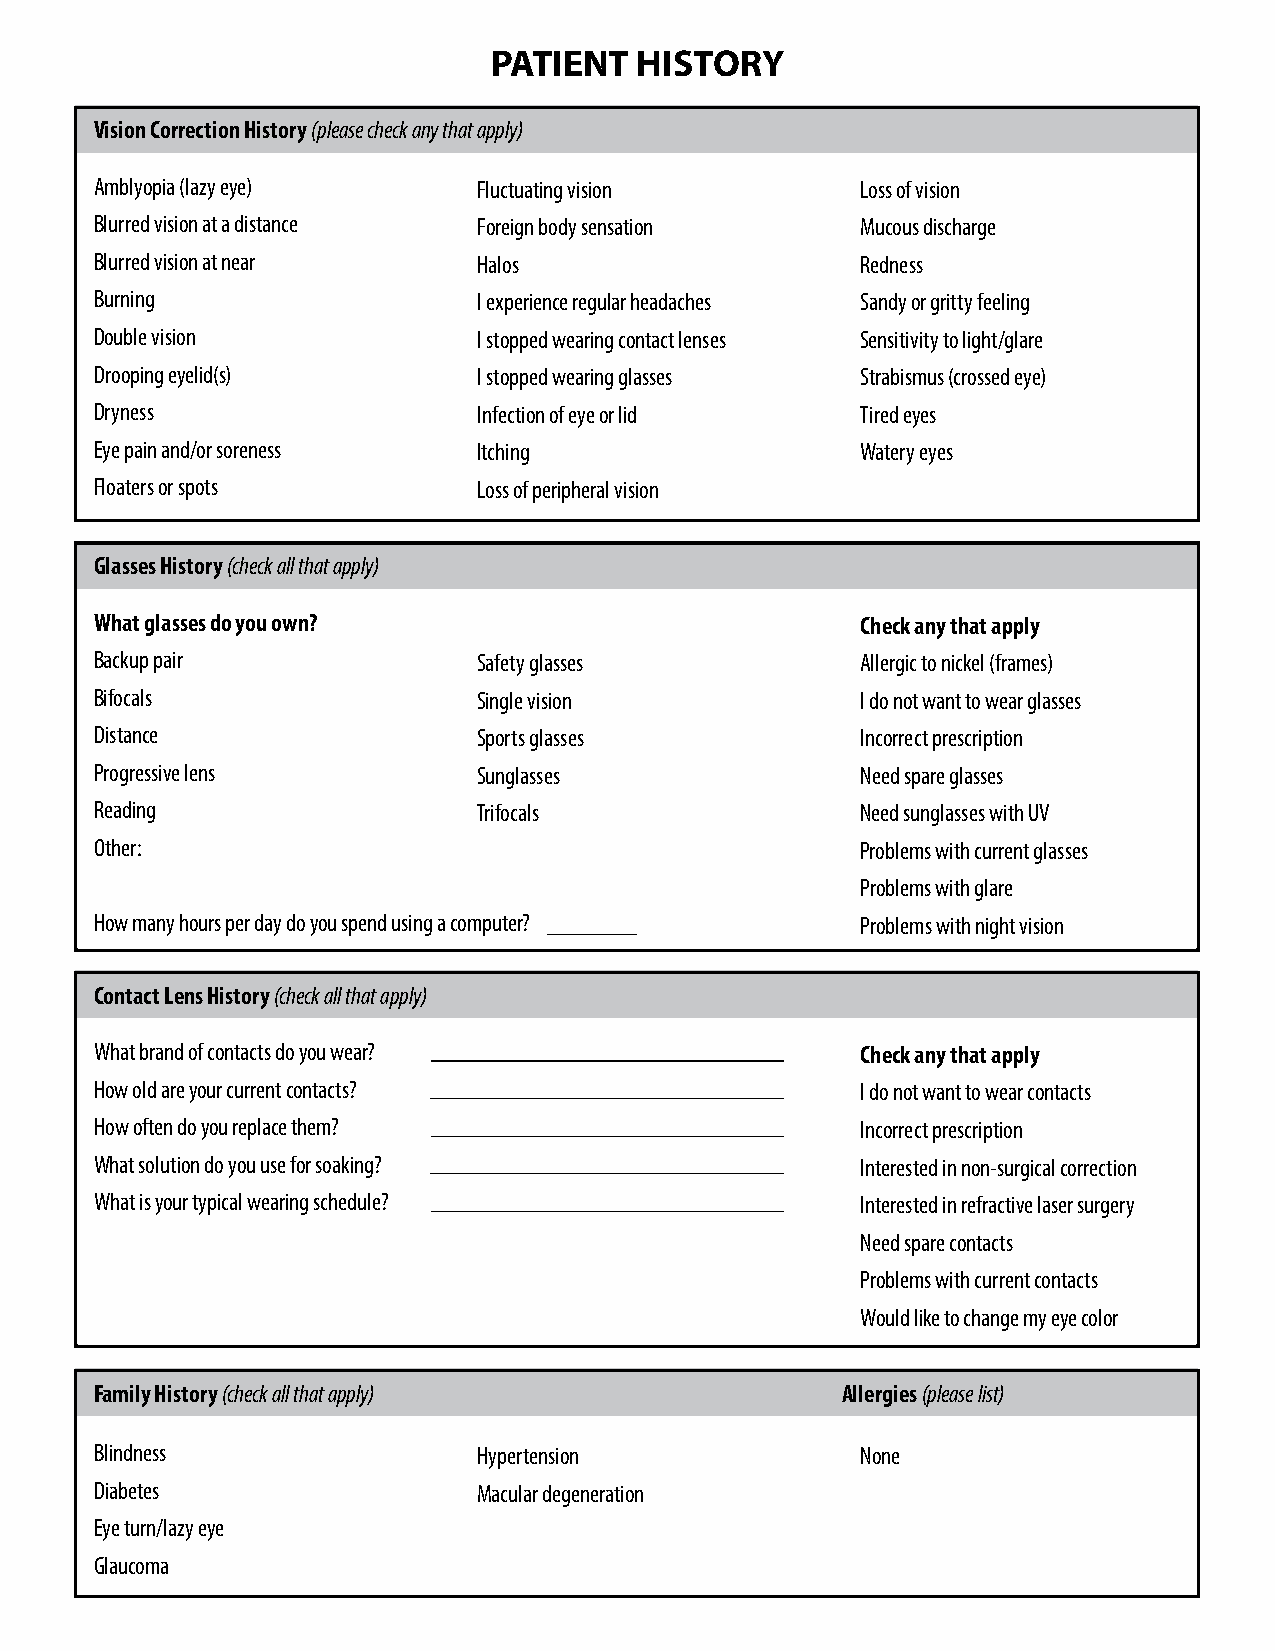
PATIENT   HISTORY
 Vision Correction History (please check any that apply)
 Amblyopia (lazy eye)      Fluctuating vision       Loss of vision
 Blurred vision at a distance Foreign body sensation Mucous discharge
 Blurred vision at near    Halos                    Redness
 Burning                   I experience regular headaches Sandy or gritty feeling
 Double vision             I stopped wearing contact lenses Sensitivity to light/glare
 Drooping eyelid(s)        I stopped wearing glasses Strabismus (crossed eye)
 Dryness                   Infection of eye or lid  Tired eyes
 Eye pain and/or soreness  Itching                  Watery eyes
 Floaters or spots         Loss of peripheral vision
 Glasses History (check all that apply)
 What glasses do you own?                           Check any that apply
 Backup pair               Safety glasses           Allergic to nickel (frames)
 Bifocals                  Single vision            I do not want to wear glasses
 Distance                  Sports glasses           Incorrect prescription
 Progressive lens          Sunglasses               Need spare glasses
 Reading                   Trifocals                Need sunglasses with UV
 Other:                                             Problems with current glasses
 Problems with glare
 How many hours per day do you spend using a computer? Problems with night vision
 Contact Lens History (check all that apply)
 What brand of contacts do you wear?                Check any that apply
 How old are your current contacts?                 I do not want to wear contacts
 How often do you replace them?                     Incorrect prescription
 What solution do you use for soaking?              Interested in non-surgical correction
 What is your typical wearing schedule?             Interested in refractive laser surgery
 Need spare contacts
 Problems with current contacts
 Would like to change my eye color
 Family History (check all that apply)             Allergies (please list)
 Blindness                 Hypertension             None
 Diabetes                  Macular degeneration
 Eye turn/lazy eye
 Glaucoma